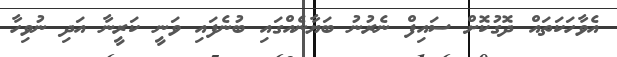
އެވާހަކަތައް ދޮގުކޮށް ސައިފް ނެރުނު ބަޔާނެއްގައި ބުނެފައި ވަނީ ކަރީނާ އަދި ނުވިހާ